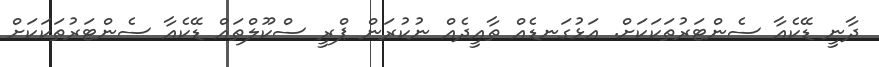
ދާނީ ޑޭކެއާ ސެންޓަރުތަކަކަށް. އަޅުގަނޑެއް ތާއީދެއް ނުކުރަން ޕްރީ ސްކޫލްތައް ޑޭކެއާ ސެންޓަރުތަކަކަށް